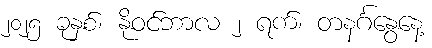
၂၀၂၅ ခုနှစ်၊ နိုဝင်ဘာလ ၂ ရက်၊ တနင်္ဂနွေနေ့